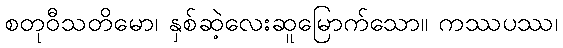
စတုဝီသတိမော၊ နှစ်ဆဲ့လေးဆူမြောက်သော။ ကဿပဿ၊